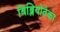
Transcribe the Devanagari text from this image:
बिब्लियोतेका